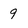
Character: 9